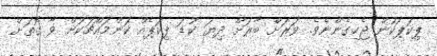
ޕިކަޕަކުން ޖެހިގެންނެވެ. ވަރަށް ބާރަށް ދިޔަ ކުޑަ ޕިކަޕެއް ކަންމައްޗަކަށް ވާ ގޮތަށް